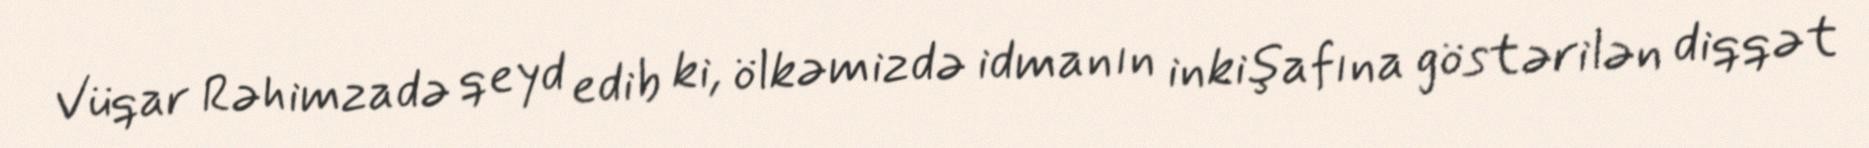
Vüqar Rəhimzadə qeyd edib ki, ölkəmizdə idmanın inkişafına göstərilən diqqət